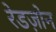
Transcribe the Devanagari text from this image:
रेडज़ोन